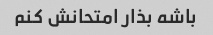
باشه بذار امتحانش کنم